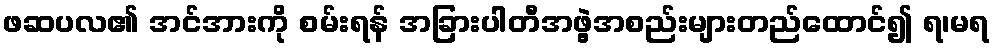
ဖဆပလ၏ အင်အားကို စမ်းရန် အခြားပါတီအဖွဲ့အစည်းများတည်ထောင်၍ ရ၊မရ